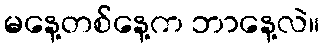
မနေ့တစ်နေ့က ဘာနေ့လဲ။